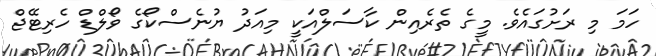
ހަމަ މި ރަށުގައެވެ. މީގެ ތެރެއިން ކާސަލްއަކީ މިއަދު ޔުނެސްކޯގެ ވޯލްޑް ހެރިޓޭޖް